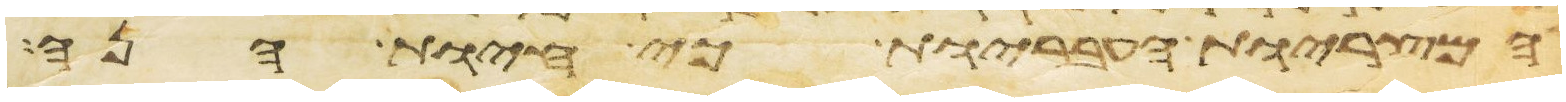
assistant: המצריות העבריות כי חיות הנה